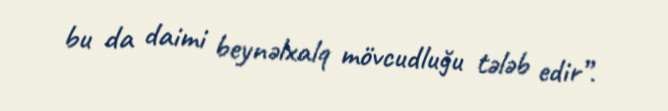
bu da daimi beynəlxalq mövcudluğu tələb edir”.